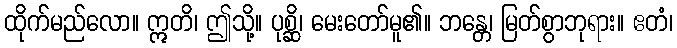
ထိုက်မည်လော။ ဣတိ၊ ဤသို့။ ပုစ္ဆိ၊ မေးတော်မူ၏။ ဘန္တေ၊ မြတ်စွာဘုရား။ ဧတံ၊